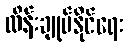
ထိန်းချုပ်နိုင်ရေး